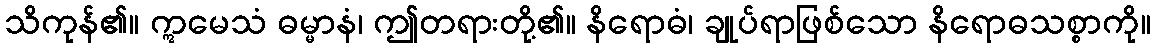
သိကုန်၏။ ဣမေသံ ဓမ္မာနံ၊ ဤတရားတို့၏။ နိရောဓံ၊ ချုပ်ရာဖြစ်သော နိရောဓသစ္စာကို။